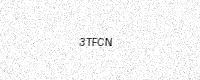
Text: 3TFCN